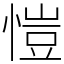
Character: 愷